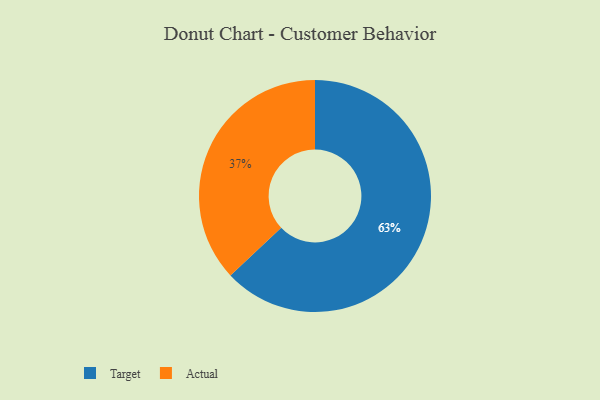
{"axis": {"x": "Category", "y": "Percentage"}, "legend": ["Actual", "Target"], "data": [{"x": "Actual", "y": 37, "type": "Actual"}, {"x": "Target", "y": 63, "type": "Target"}]}